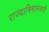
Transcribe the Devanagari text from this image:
राज्याभिमानरूपी